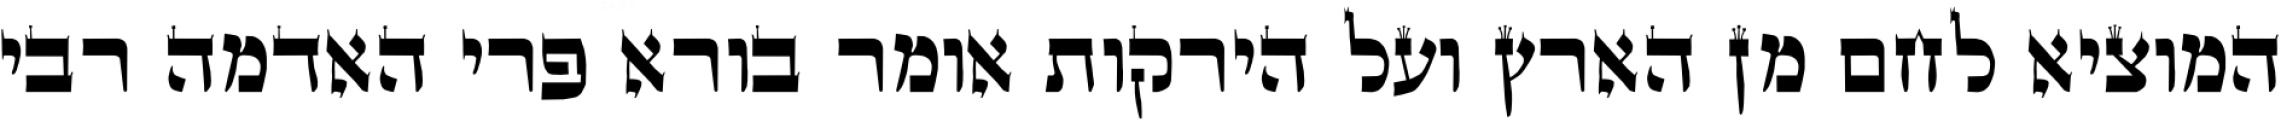
המוציא לחם מן הארץ ועל הירקות אומר בורא פרי האדמה רבי